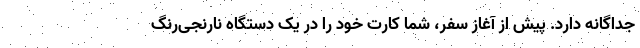
جداگانه دارد. پیش از آغاز سفر، شما کارت خود را در یک دستگاه نارنجی‌رنگ